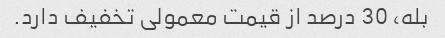
بله، 30 درصد از قیمت معمولی تخفیف دارد.